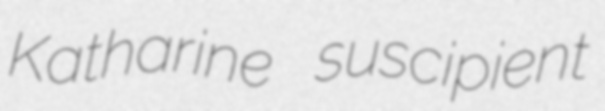
Katharine suscipient